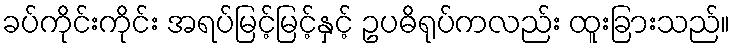
ခပ်ကိုင်းကိုင်း အရပ်မြင့်မြင့်နှင့် ဥပဓိရုပ်ကလည်း ထူးခြားသည်။